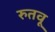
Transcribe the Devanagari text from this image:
रुतवू